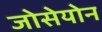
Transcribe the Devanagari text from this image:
जोसेयोन